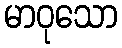
မာဝုသော